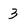
Character: 3